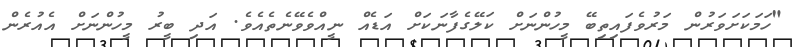
"ހަމަކަށަވަރުން މަރުވެފައިތިބޭ މީހުންނަށް ކަލޭގެފާނަކަށް އަޑެއް ނީއްވެވޭނެތެއެވެ. އަދި ބީރު މީހުންނަށް އެއުރެން